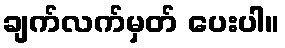
ချက်လက်မှတ် ပေးပါ။